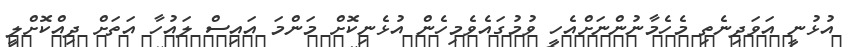
އުޅުނީ އަވަދިނެތި މެހެމާނުންނަށްއެހީ ވުމުގައެވެމިހެން އުޅެނިކޮށް މަންމަ އައިސް ލައުހާ އަތަށް ދިއްކޮށްލީ